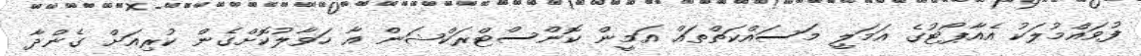
ފުވައްމުލަކު އެއާޕޯޓުގެ އަމަލީ މަސައްކަތްތައް އަމީން ކޮންސްޓްރަކްޝަން އާ ހަވާލުކޮށްގެން ކުރިއަށް ގެންދާ